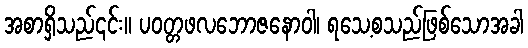
အစာရှိသည်၎င်း။ ပဝတ္တဖလဘောဇနောဝါ၊ ရသေ့စသည်ဖြစ်သောအခါ